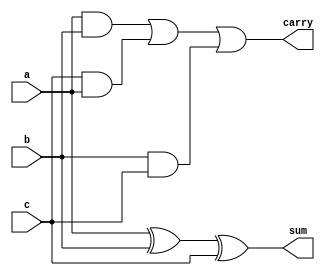
// Structural Model

module fulladdstr(sum,carry,a,b,c);
output sum,carry;
input a,b,c;
xor g1(sum,a,b,c);
and g2(x,a,b);
and g3(y,b,c); 
and g4(z,c,a);
or g5(carry,x,z,y);
endmodule